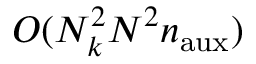
O ( N _ { k } ^ { 2 } N ^ { 2 } n _ { \mathrm { a u x } } )